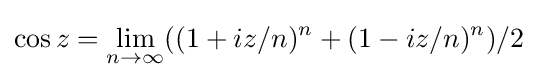
\cos z=\lim _{n\to \infty }((1+iz/n)^{n}+(1-iz/n)^{n})/2